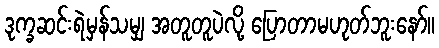
ဒုက္ခဆင်းရဲမှန်သမျှ အတူတူပဲလို့ ပြောတာမဟုတ်ဘူးနော်။